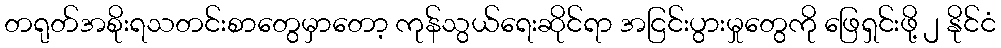
တရုတ်အစိုးရသတင်းစာတွေမှာတော့ ကုန်သွယ်ရေးဆိုင်ရာ အငြင်းပွားမှုတွေကို ဖြေရှင်းဖို့ ၂ နိုင်ငံ